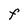
Character: F